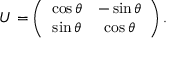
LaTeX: U = \left( \begin{array} { c c } { { \cos \theta } } & { { - \sin \theta } } \\ { { \sin \theta } } & { { \cos \theta } } \end{array} \right) .